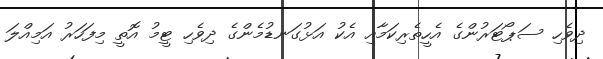
ދިވެހި ސަޕޯޓަރުންގެ އެހީތެރިކަމާއި އެކު އަޅުގަނޑުމެންގެ ދިވެހި ޓީމު އޮތީ މިފަހަރު އަމިއްލަ